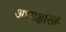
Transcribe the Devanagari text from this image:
अध्यक्षांसह